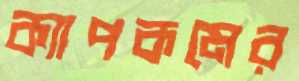
ক্যাপকমের